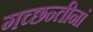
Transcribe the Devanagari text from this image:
गच्छन्तीनां